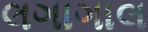
લગાગાલ